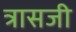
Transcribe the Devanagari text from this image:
त्रासजी